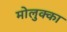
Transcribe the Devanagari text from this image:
मोलुक्का